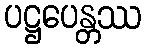
ပဋ္ဌပေန္တဿ